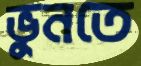
ভুনতে